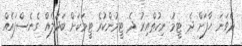
ދެވަނަ ހާފަށް ދެ ޓީމު ނިކުތްއިރު ދެ ޓީމުންކުރެ ޓީމަކަށް ބަދަލެއް ގެނެސްފައެއް